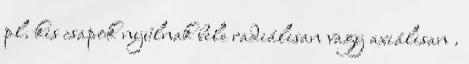
pl. kis csapok nyúlnak bele radiálisan vagy axiálisan .